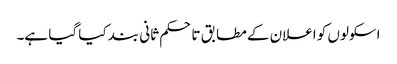
اسکولوں کو اعلان کے مطابق تاحکم ثانی بند کیا گیا ہے۔